Vaccination in Burma 1900-1911 - 1900-1911
Year: 1900
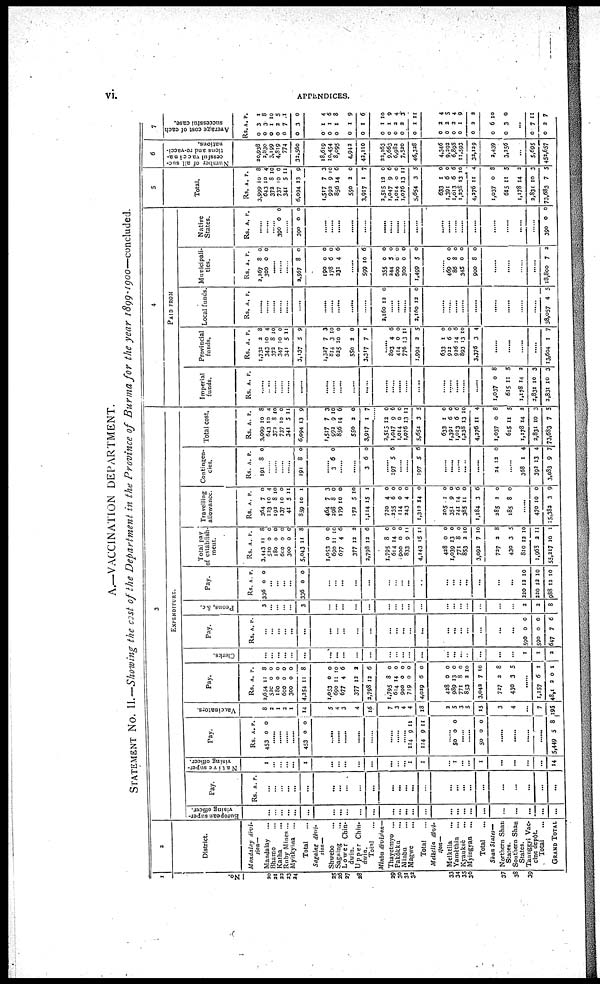
vi.
APPENDICES.
A.—VACCINATION DEPARTMENT.
STATEMENT No. II.—Showing the cost of the Department in the Province of Burma for the year 1899-1900—concluded.
1
No.
20
21
22
23
24
25
26
27
28
29
30
31
32
33
34
35
36
37
38
39
2
District.
Mandalay
divi-
sion—
Mandalay ...
Bhamo ...
Katha ...
Ruby Mines...
Myitkyina
...
Total ...
Sagaing
divi-
sion—
Shwebo ...
Sagaing ...
Lower Chin-
dwin.
Upper Chin-
dwin.
Total ...
Minbu division—
Thayetmyo ...
Pakôkku ...
Minbu ...
Magwe ...
Total ...
Meiktila
divi-
sion—
Meiktila
...
Yamèthin
...
Kyauksè ...
Myingyan
...
Total ...
Shan States—
Northern Shan
States.
Southern Shan
States.
Taunggyi Vac-
cine depôt.
Total
...
GRAND TOTAL
3
EXPENDITURE.
European super-
vising officer.
...
...
...
...
...
...
...
...
...
...
...
...
...
...
...
...
...
...
...
...
...
...
...
...
...
...
Pay.
Rs. A. P.
...
...
...
...
...
...
...
... ...
...
...
...
... ...
...
...
...
...
...
...
...
...
...
...
...
...
Native super-
vising officer.
1
...
...
...
...
1
...
...
...
...
...
...
...
... 1
1
...
1
...
...
1
...
...
...
...
14
Pay.
Rs.
453
A.
0
P.
0
......
......
......
......
453 0 0
......
......
......
......
......
......
......
... 114
114
9
9
11
11
......
50 0 0
...
...
50 0 0
......
......
......
......
5,449 5 8
Vaccinators.
8
2
1
2
1
14
5
4
3
4
16
7
3
4
4
18
2
5
3
5
15
3
4
...
7
195
Pay.
Rs.
2,654
520
180
600
300
4,254
1,053
690
677
377
2,798
1,795
614
900
719
4,029
428
989
771
853
3,042
727
430
A.
11
0
0
0
0
11
0
11
4
12
12
8
14
0
0
6
0
13
8
2
7
2
3
P.
8
0
0
0
0
8
0
10
6
2
6
0
0
0
0
0
0
0
0
10
10
8
5
......
1,157
48,112
6
0
1
1
Clerks.
...
...
...
...
...
...
...
...
...
...
...
...
...
...
...
...
...
...
...
...
...
...
...
1
1
2
Pay.
Rs. A. P.
...
...
...
...
...
...
...
... ...
...
...
...
...
...
...
...
...
...
...
...
...
...
...
590
590
647
0
0
7
0
0
6
Peons, &c.
3
...
...
...
...
3
...
...
...
...
...
...
...
...
...
...
...
...
...
...
...
...
...
2
2
8
Pay.
Rs.
336
A.
0
P.
0
...
...
...
...
336 0 0
...
...
...
...
...
...
...
...
...
...
...
...
...
...
...
...
...
220
220
988
12
12
12
10
10
10
Total pay
of establish-
ment.
Rs.
3,443
520
180
600
300
5,043
1,053
690
677
377
2,798
1,795
614
900
833
4,143
428
1,039
771
853
3,092
727
430
810
1,968
55,217
A.
11
0
0
0
0
11
0
11
4
12
12
8
14
0
9
15
0
13
8
2
7
2
3
12
2
10
P.
8
0
0
0
0
8
0
10
6
2
6
0
0
0
11
11
0
0
0
10
10
8
5
10
11
1
Travelling
allowance.
Rs.
364
123
192
137
41
859
464
298
179
172
1,114
720
235
114
243
1,312
205
351
241
385
1,184
285
185
A.
7
10
8
10
5
10
7
8
10
5
15
4
6
0
4
14
1
9
14
11
3
2
8
P.
0
4
10
0
11
1
3
0
0
10
1
0
0
0
0
0
0
0
0
0
6
0
0
......
470
15,382
10
3
0
9
Contingen-
cies.
Rs.
191
A.
8
P.
0
......
......
......
......
191 8 0
......
3 6 0
......
......
3 6 0
......
197 5 6
......
......
197 5 6
......
......
......
......
24 12 0
......
368
392
3,083
1
13
9
4
4
7
Total cost.
Rs.
3,999
643
372
737
341
6,094
1,517
992
856
550
3,917
2,515
1,047
1,014
1,076
5,654
633
1,391
1,013
1,238
4,276
1,037
615
1,178
2,831
73,683
A.
10
10
8
10
5
13
7
9
14
2
1
12
9
0
13
3
1
6
6
13
11
0
11
14
10
7
P.
8
4
10
0
11
9
3
10
6
0
7
0
6
0
11
5
0
0
6
10
4
8
5
2
3
5
4
PAID FROM
Imperial
funds.
Rs. A. P.
......
..
......
......
......
......
......
......
......
......
......
......
......
......
......
......
......
......
......
......
......
1,037
615
1,178
3,831
2,831
0
11
14
10
10
8
5
2
3
3
Provincial
funds.
Rs.
1,732
343
372
347
341
3,137
1,327
814
625
550
3,317
A.
2
10
8
10
5
5
7
3
10
2
7
P.
8
4
10
0
11
9
3
10
0
0
1
......
803
414
776
1,994
633
922
926
893
3,376
4
0
13
2
1
6
14
13
3
6
0
11
5
0
0
6
10
4
......
......
......
......
13,604 1 7
Local funds.
Rs. A. P.
......
......
......
......
......
......
......
......
......
......
......
2,160 12 0
......
......
......
2,160 12 0
......
......
......
......
......
......
......
......
......
38,057 4 5
Municipali-
ties.
Rs.
2,267
300
A.
8
0
P.
0
0
......
......
......
2,567
190
178
231
8
0
6
4
0
0
0
6
......
599
355
244
600
300
1,499
10
0
5
0
0
5
6
0
0
0
0
0
......
469
86
345
900
0
8
0
8
0
0
0
0
......
......
......
......
18,800 7 2
Native
States.
Rs. A.
P.
......
......
......
390 0 0
......
390 0 0
......
......
......
......
......
......
......
......
......
......
......
......
......
......
......
......
......
......
......
390 0 0
5
Total.
Rs.
3,999
643
372
737
341
6,094
1,517
992
856
550
3,917
2,515
1,047
1,014
1,076
5,654
633
1,391
1,013
1,238
4,276
1,037
615
1,178
2,831
73,683
A.
10
10
8
10
5
13
7
9
14
2
1
12
9
0
13
3
1
6
6
13
11
0
11
14
10
7
P.
8
4
10
0
11
9
3
10
6
0
7
0
6
0
11
5
0
0
6
10
4
8
5
2
3
5
6
Number of all suc-
cessful vaccina-
tions and re-vacci-
nations.
20,938
2,830
3,199
4,819
774
32,560
18,619
10,454
8,095
4,942
42,110
22,163
9,663
6,982
7,520
46,328
4,346
9,292
6,898
11,593
32,129
2,439
3,256
...
5,695
452,657
7
Average cost of each
successful case.
Rs.
0
0
0
0
0
0
0
0
0
0
0
0
0
0
0
0
0
0
0
0
0
0
0
A.
3
3
1
2
7
3
1
1
1
1
1
1
1
2
2
1
2
2
2
1
3
6
3
P.
1
8
10
5
1
0
4
6
8
9
6
10
9
4
3
11
4
5
4
9
2
10
0
...
0
0
7
2
11
7